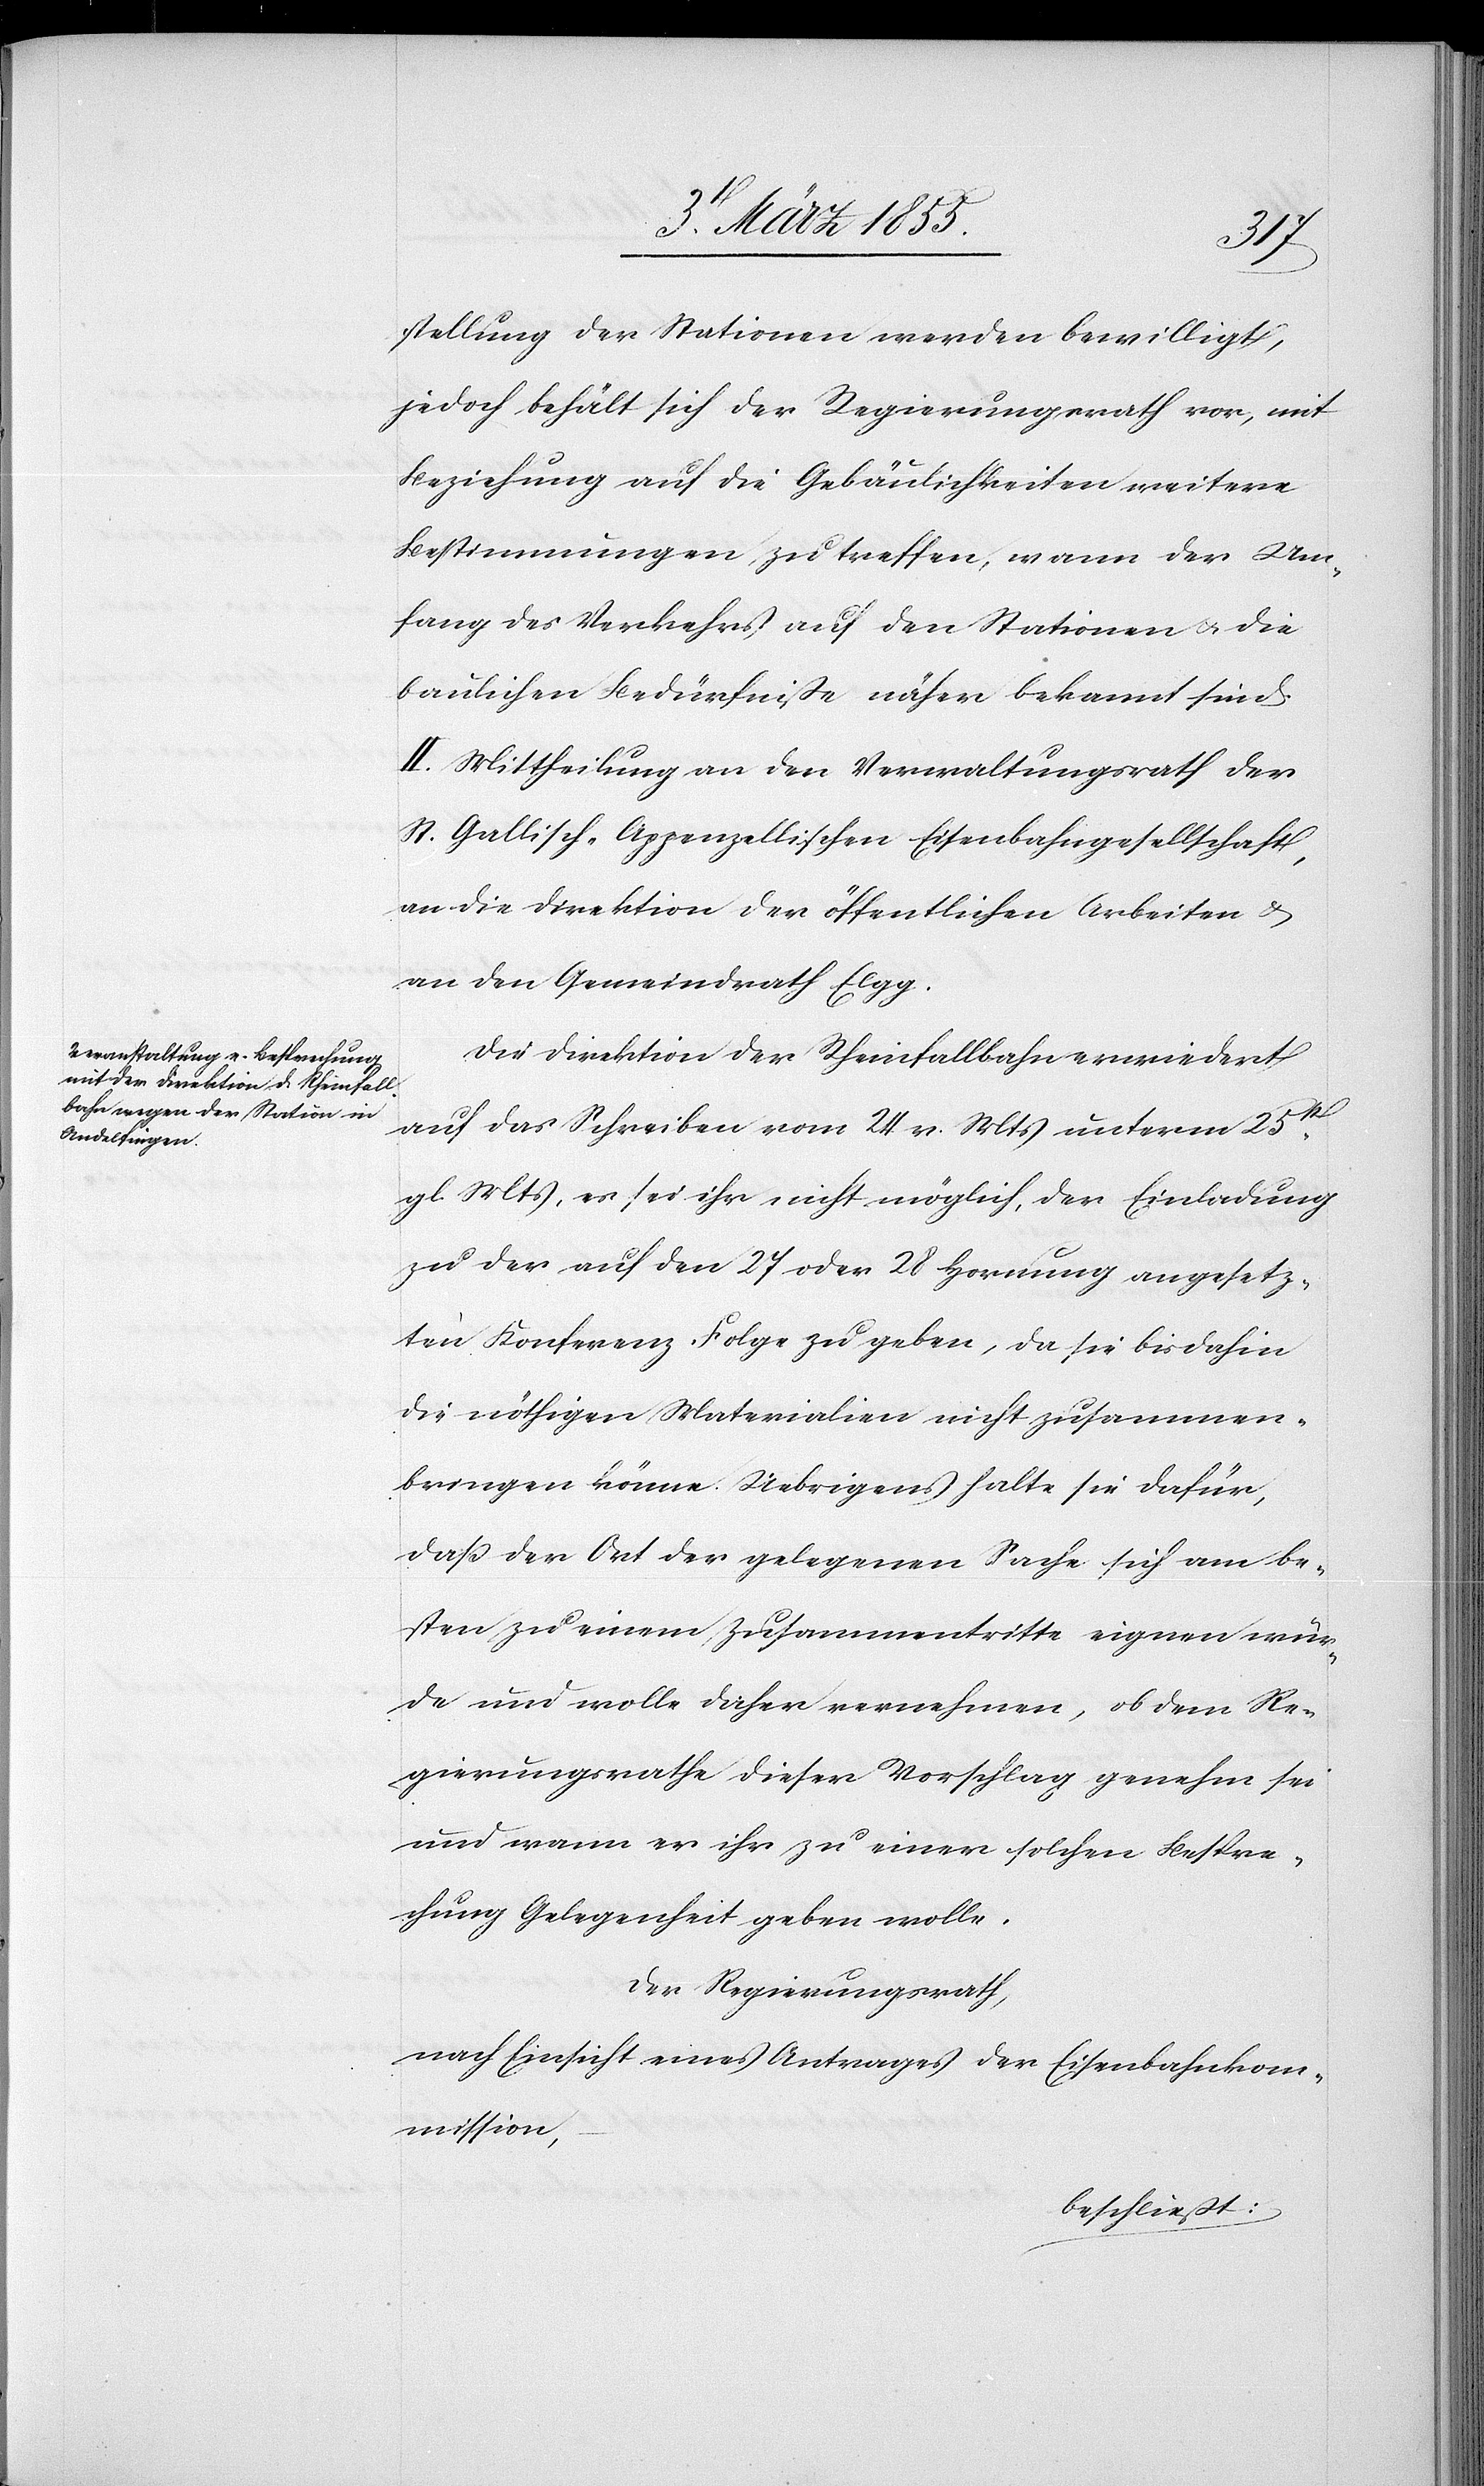
stellung der Stationen werden bewilligt,
jedoch behält sich der Regierungsrath vor, mit
Beziehung auf die Gebäulichkeiten weitere
Bestimmungen zu treffen, wann der Um¬
fang des Verkehrs auf den Stationen & die
baulichen Bedürfniße näher bekannt sind.
II. Mittheilung an den Verwaltungsrath der
St. Gallisch-Appenzellischen Eisenbahngesellschaft,
an die Direktion der öffentlichen Arbeiten &
an den Gemeindrath Elgg.
Die Direktion der Rheinfallbahn erwiedert
auf das Schreiben vom 24. v. Mts unterm 25st[en]
gl. Mts, es sei ihr nicht möglich, der Einladung
zu der auf den 27 oder 28 Hornung angesetz¬
ten Konferenz Folge zu geben, da sie bisdahin
die nöthigen Materialien nicht zusammen¬
bringen könne. Uebrigens halte sie dafür,
daß der Ort der gelegenen Sache sich am be¬
sten zu einem Zusammentritte eignen wür¬
de und wolle daher vernehmen, ob dem Re¬
gierungsrathe dieser Vorschlag genehm sei
und wann er ihr zu einer solchen Bespre¬
chung Gelegenheit geben wolle.
Der Regierungsrath,
nach Einsicht eines Antrages der Eisenbahnkom¬
mission,